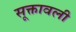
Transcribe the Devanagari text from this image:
सूक्तावली